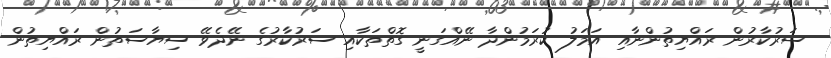
ސަރުކާރުން ރައްޔިތުންނާއި އަމަލު ކުރަމުންދާ ނޭއްގަނީ ގޮތްތަކާއި ސަރުކާރުގެ ނޭދެވޭ ސިޔާސަތުން ރައްޔިތުން